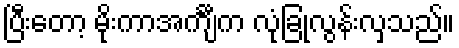
ပြီးတော့ မိုးကာအင်္ကျီက လုံခြုံလွန်းလှသည်။